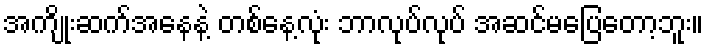
အကျိုးဆက်အနေနဲ့ တစ်နေ့လုံး ဘာလုပ်လုပ် အဆင်မပြေတော့ဘူး။